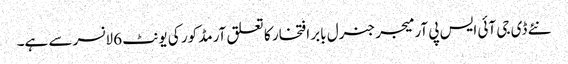
نئے ڈی جی آئی ایس پی آر میجر جنرل بابر افتخار کا تعلق آرمڈ کور کی یونٹ 6 لانسر سے ہے۔